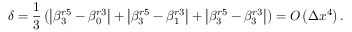
\delta = \frac { 1 } { 3 } \left( \left| \beta _ { 3 } ^ { r 5 } - \beta _ { 0 } ^ { r 3 } \right| + \left| \beta _ { 3 } ^ { r 5 } - \beta _ { 1 } ^ { r 3 } \right| + \left| \beta _ { 3 } ^ { r 5 } - \beta _ { 3 } ^ { r 3 } \right| \right) = O \left( \Delta { { x } ^ { 4 } } \right) .